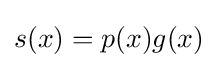
s(x)=p(x)g(x)